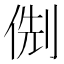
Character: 𠊏